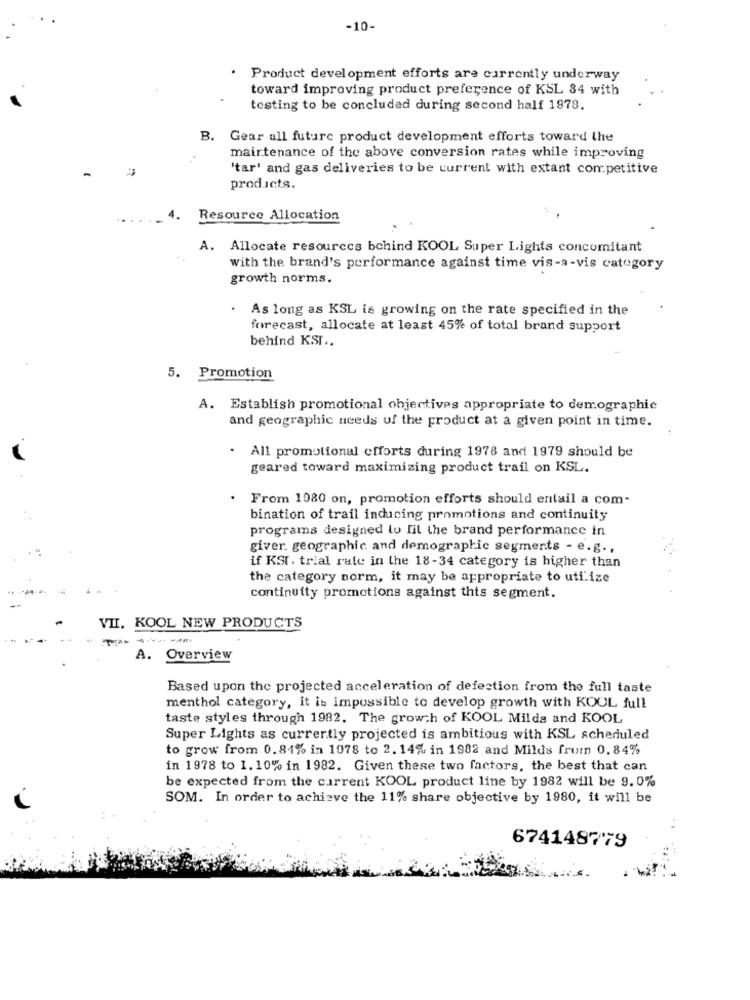
-10-
. Product development efforts are currently underway
toward improving product preference of KSL 84 with
testing to be concluded during second half 1978.
B. Gear ull future product development efforts toward the
maintenance of the above conversion rates while improving
'tar' and gas deliveries to be current with extant competitive
products.
4.
Resource Allocation
A. Allocate resources bchind KOOL Super Lights concomitant
with the brand's performance against time vis-a-vis category
growth norms.
.
As long as KSL is growing on the rate specified in the
forecast, allocate at least 45% of total brand support
behind KSI ..
5. Promotion
A. Establish promotional objectives appropriate to demographic
and geographic needs of the product at a given point in time.
. All promotional efforts during 1978 and 1979 should be
geared toward maximizing product trail on KSL.
From 1980 on, promotion efforts should entail a com-
bination of trail inducing promotions and continuity
programs designed to lil the brand performance in
giver. geographic and demographic segments - e.g .,
if KSI. trial rate in the 18-34 category is higher than
the category norm, it may be appropriate to utilize
continuity promotions against this segment.
VII. KOOL NEW PRODUCTS
----
A. Overview
Based upon the projected acceleration of defection from the full taste
menthol category, it is impossible to develop growth with KOOL full
taste styles through 1982. The growth of KOOL Milds and KOOL
Super Lights as currently projected is ambitious with KSL scheduled
to grow from 0.84% in 1978 to 2. 14% in 1982 and Milds frum 0.84%
in 1978 to 1. 10% in 1982. Given these two factors, the best that can
be expected from the current KOOL product line by 1982 will be 9. 0%
SOM. In order to achieve the 11% share objective by 1980, it will be
674148779